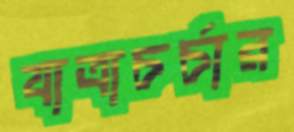
যাত্রাচর্চার